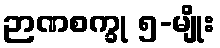
ဉာဏစက္ခု ၅-မျိုး